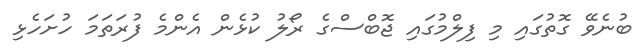
ބުނެވޭ ގޮތުގައި މި ފިލްމުގައި ޖޮބްސްގެ ރޯލު ކުޅެން އެންމެ ފުރަތަމަ ހުށަހެޅި